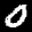
Label: 0